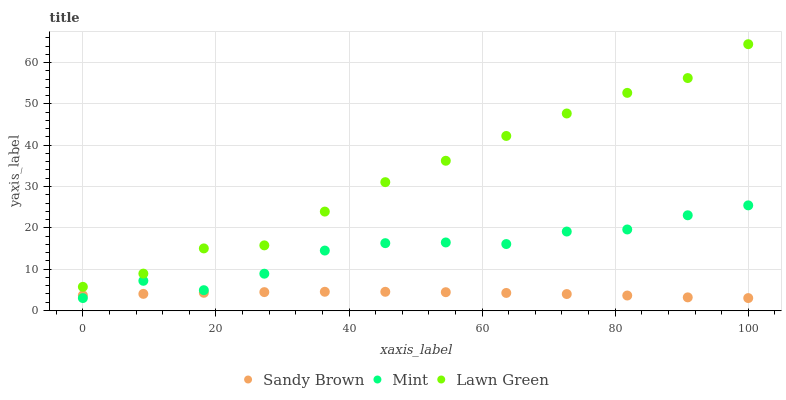
| xaxis_label | Sandy Brown | Mint | Lawn Green |
 | --- | --- | --- | --- |
 | 0 | 3.67 | 3 | 5.72 |
 | 9.09 | 4.01 | 7.18 | 8.92 |
 | 18.2 | 4.27 | 4.91 | 15 |
 | 27.3 | 4.44 | 8.9 | 15.8 |
 | 36.4 | 4.52 | 14.5 | 23.9 |
 | 45.5 | 4.52 | 16.3 | 31.1 |
 | 54.5 | 4.42 | 16.5 | 36.2 |
 | 63.6 | 4.24 | 16.1 | 42.2 |
 | 72.7 | 3.97 | 19.1 | 47.7 |
 | 81.8 | 3.62 | 19.6 | 52.7 |
 | 90.9 | 3.17 | 23 | 56.3 |
 | 100 | 3 | 25.4 | 64.4 |